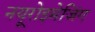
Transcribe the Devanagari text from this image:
नयूरोइमेजिंग